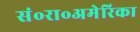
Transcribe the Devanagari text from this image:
सं॰रा॰अमेरिका